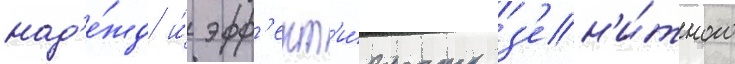
над'е́жд и́ эфф'ект'и́вность з'ен'и́тного